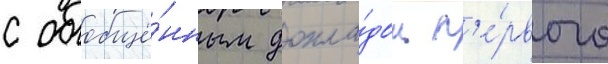
с обобщё́нным докла́дом п'е́рвого